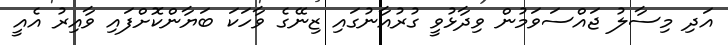
އަދި މިސާލު ޖައްސަވަމުން ވިދާޅުވީ ގުރުއާނުގައި ޒިނޭގެ ވާހަކަ ބަޔާންކޮށްފައި ވާއިރު އެއީ